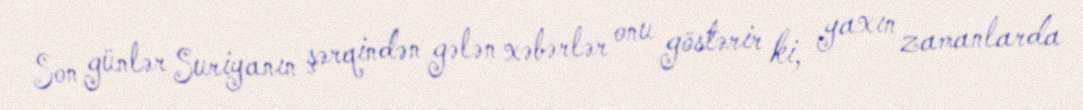
Son günlər Suriyanın şərqindən gələn xəbərlər onu göstərir ki, yaxın zamanlarda